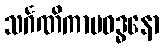
သင်္ဂဏိကာပဝဒ္ဓနော